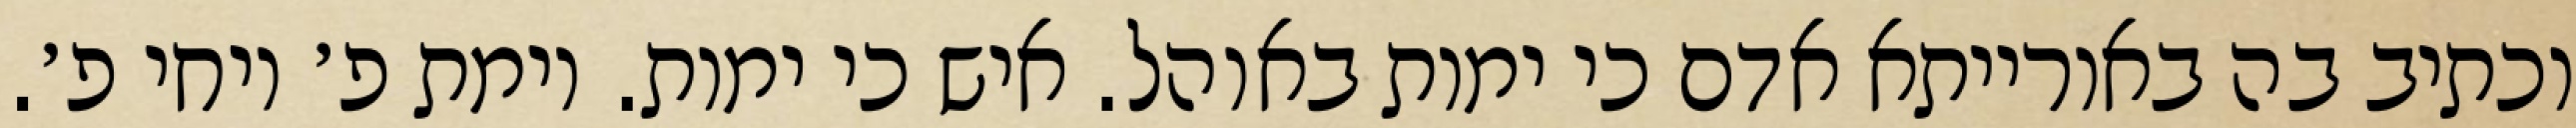
וכתיב בה באורייתא אדם כי ימות באוהל. איש כי ימות. וימת פ׳ ויחי פ׳.